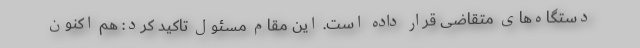
دستگاه‌های متقاضی قرار داده است. این مقام مسئول تاکید کرد: هم اکنون